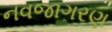
નવજાગરણ